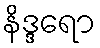
နိဒ္ဒရော